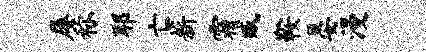
屡称耶亡薪霜臧鞍晏漫